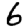
Digit: 6